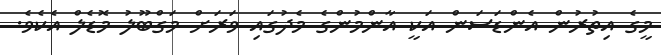
މީގެ އިތުރުން އެންޑަސަން އަކީ އާންމުންގެ މެދުގައި ވަރަށް މަގްބޫލު މޮޑެލް އެކެވެ.